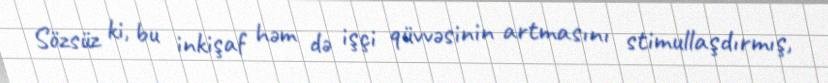
Sözsüz ki, bu inkişaf həm də işçi qüvvəsinin artmasını stimullaşdırmış,